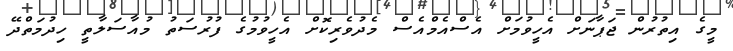
މީގެ އިތުރުން ޖަޕާނަށް އެހީވުމަށް އެސްއެމްއެސް މެދުވެރިކޮށް އެހީވުމުގެ ފުރުސަތު މުއާސަލާތީ ހިދުމަތްދޭ